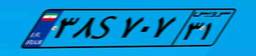
۸۴S۳۷۹۱۳